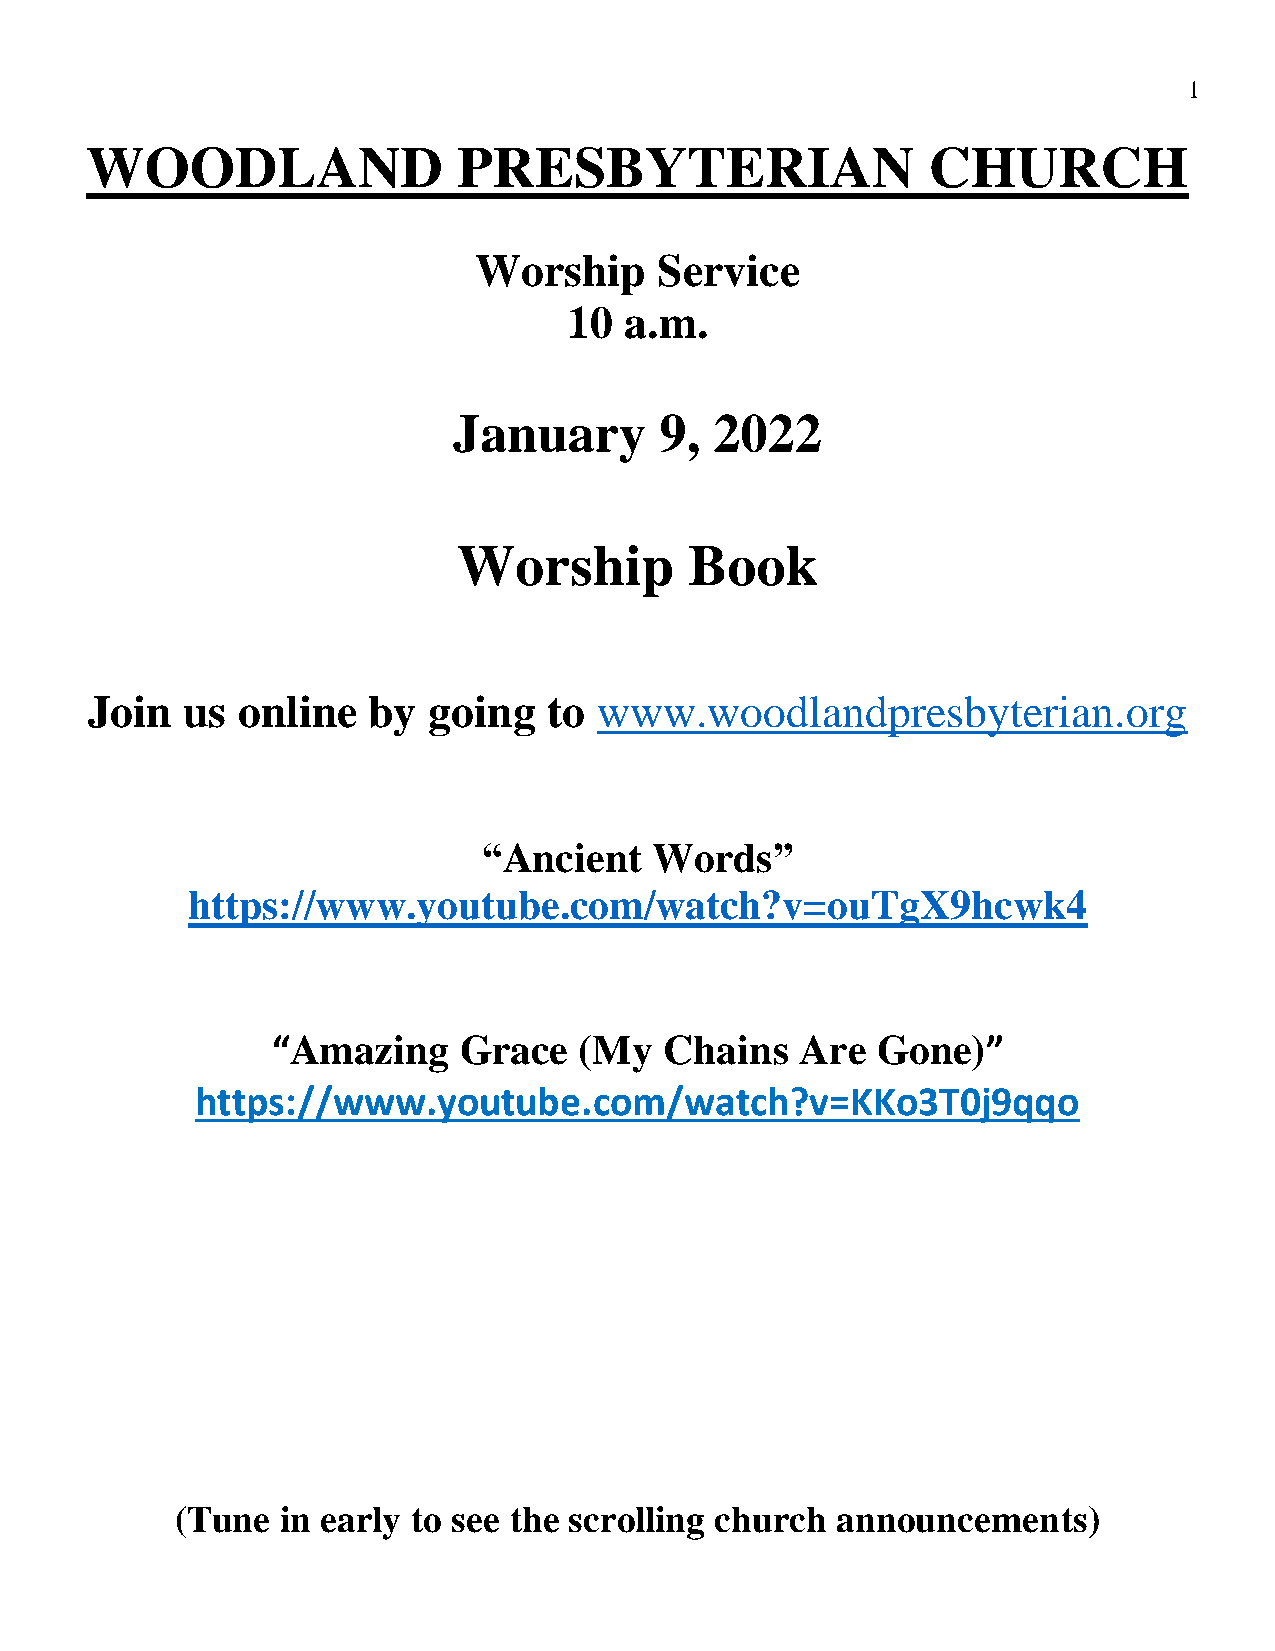
1
 WOODLAND                PRESBYTERIAN                   CHURCH
 Worship      Service
 10 a.m.
 January       9, 2022
 Worship         Book
 Join  us  online  by  going   to  www.woodlandpresbyterian.org
 “Ancient   Words”
 https://www.youtube.com/watch?v=ouTgX9hcwk4
 “Amazing    Grace   (My   Chains   Are  Gone)”
 https://www.youtube.com/watch?v=KKo3T0j9qqo
 (Tune  in early to see the scrolling church announcements)